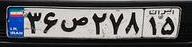
۳۶ص۲۷۸۱۵